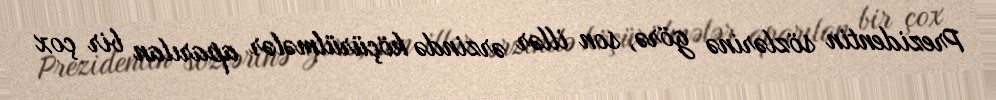
Prezidentin sözlərinə görə, son illər ərzində köçürülmələr aparılan bir çox